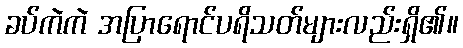
ခပ်ကဲကဲ အပြာရောင်ပရိသတ်များလည်းရှိ၏။